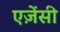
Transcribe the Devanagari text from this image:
एज़ेंसी